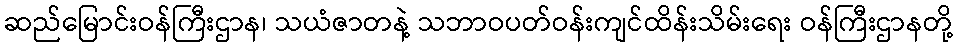
ဆည်မြောင်းဝန်ကြီးဌာန၊ သယံဇာတနဲ့ သဘာဝပတ်ဝန်းကျင်ထိန်းသိမ်းရေး ဝန်ကြီးဌာနတို့